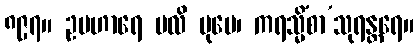
၈၉၇။ ဥပဟာရေ ဗလိ ပုမေ၊ ကရသ္မိံစာ’သုရန္တရေ။